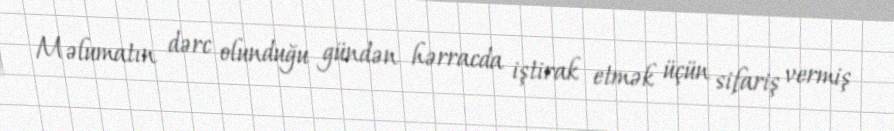
Məlumatın dərc olunduğu gündən hərracda iştirak etmək üçün sifariş vermiş